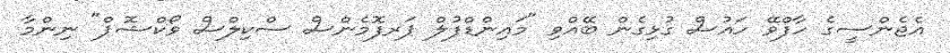
އެޖެންސީގެ ހާފްވޭ ހައުސް ގުޅިގެން ބޭއްވި "މައިންޑްފުލް ޕަރފޮމެންސް ސްކިލްސް ވޯކްޝޮޕް" ނިންމާ